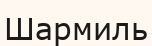
Шармиль